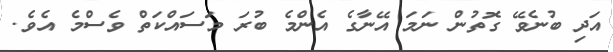
އަދި ބުނެވޭ ގޮތުން ނަމަ އޭނާގެ އެންމެ ބުރަ މަސައްކަތް ވެސްމެ އެވެ.